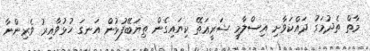
މާތް ތެދުމަގު ދައްކަވާށި އިސްލާމީ ޝަރީޢަތޭ ކިޔައިގެން ތިޔަބޭފުޅުން އަނގަ ހުޅުވާއިރު ވެރިންނާ